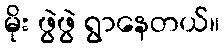
မိုး ဖွဲဖွဲ ရွာနေတယ်။